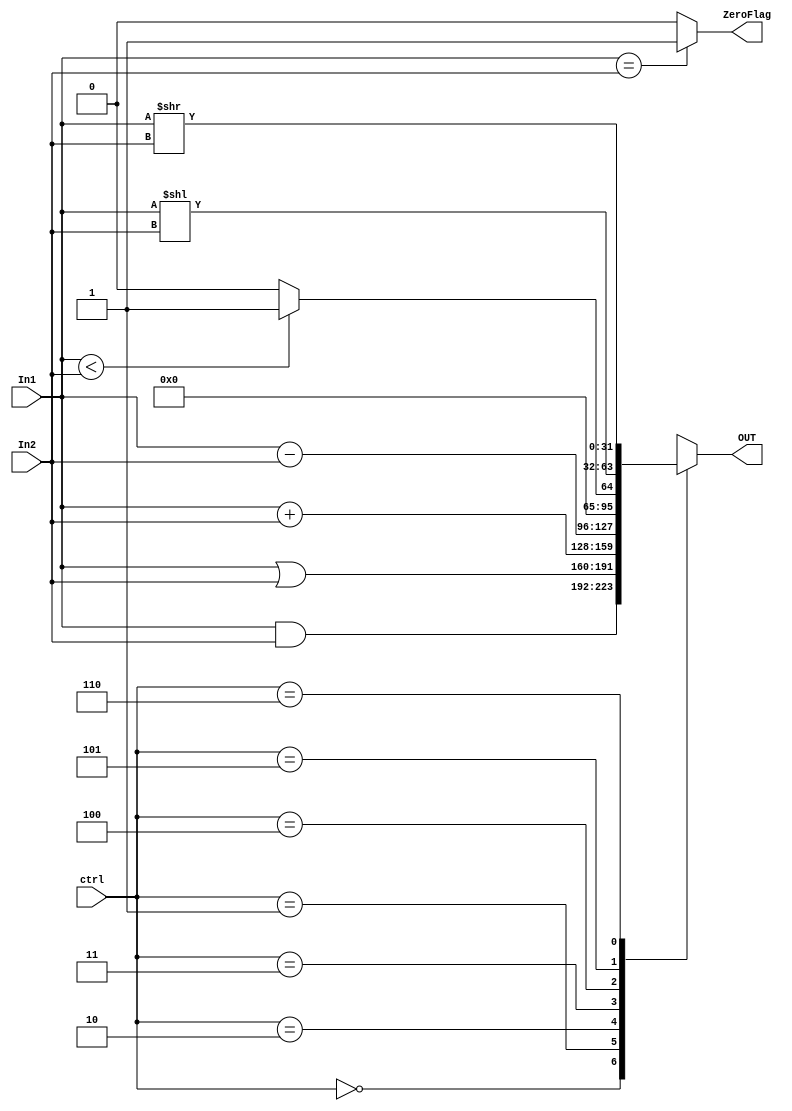
module ALU (OUT, ZeroFlag, In1, In2, ctrl);

 input [31:0] In1, In2;
 input [2:0] ctrl;
 output reg [31:0] OUT;
 output reg ZeroFlag;

 always @ (In1, In2, ctrl)
 begin
 if (In1 == In2)
 ZeroFlag = 1;
 else
 ZeroFlag = 0;
 end
 always @ (In1, In2, ctrl)
 begin
 case (ctrl)
3'b000 : OUT = In1 & In2; // AND
3'b001 : OUT = In1 | In2; // OR
3'b010 : OUT = In1 + In2; // ADD
3'b011 : OUT = In1 - In2; // SUBTRACT
3'b100 : if (In1 < In2) OUT = 32'd1; else OUT = 32'd0; //SLT      
3'b101 : OUT = In1 << In2;
3'b110 : OUT = In1 >> In2;
default : OUT = 32'hxxxxxxxx;
 endcase
 end
endmodule